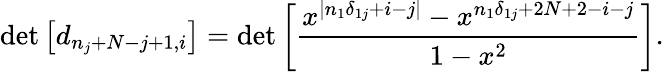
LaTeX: \operatorname*{det}\left[d_{n_{j}+N-j+1,i}\right]=\operatorname*{det}\left[\frac{x^{|n_{1}\delta_{1j}+i-j|}-x^{n_{1}\delta_{1j}+2N+2-i-j}}{1-x^{2}}\right].